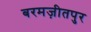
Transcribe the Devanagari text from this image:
बरमज़ीतपुर